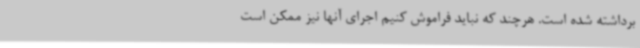
برداشته شده است. هرچند که نباید فراموش کنیم اجرای آنها نیز ممکن است